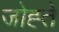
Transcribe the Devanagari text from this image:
जोह्ते